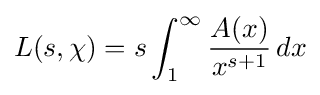
L(s,\chi )=s\int _{1}^{\infty }{\frac {A(x)}{x^{s+1}}}\,dx